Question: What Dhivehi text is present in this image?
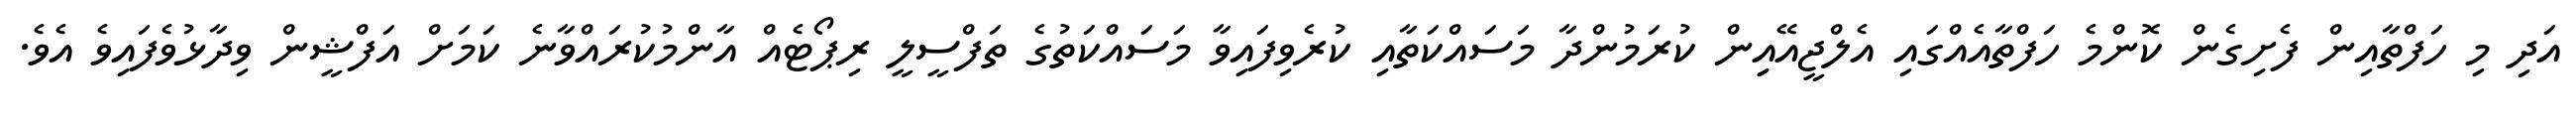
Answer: އަދި މި ހަފްތާއިން ފެށިގެން ކޮންމެ ހަފްތާއެއްގައި އެލްޖީއޭއިިން ކުރަމުންދާ މަސައްކަތާއި ކުރެވިފައިވާ މަސައްކަތުގެ ތަފްސީލީ ރިޕޯޓެއް އާންމުކުރައްވާނެ ކަމަށް އަފްޝީން ވިދާޅުވެފައިވެ އެވެ.